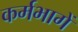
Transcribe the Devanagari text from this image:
कर्मभागें